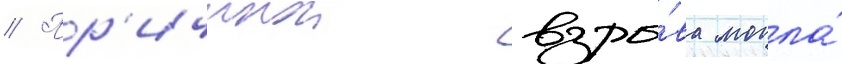
// Пр'ичинои взры́ва могла́